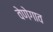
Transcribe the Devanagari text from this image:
वेणेगाव